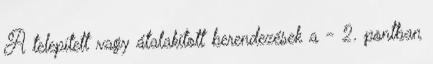
A telepített vagy átalakított berendezések a - 2. pontban